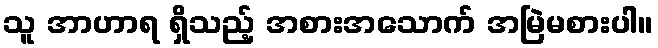
သူ အာဟာရ ရှိသည့် အစားအသောက် အမြဲမစားပါ။